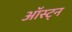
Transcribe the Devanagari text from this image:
ऑस्ट्न